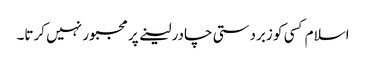
اسلام کسی کو زبردستی چادر لینے پر مجبور نہیں کرتا۔